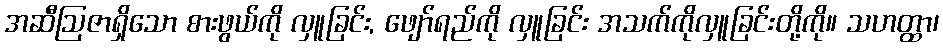
အဆီဩဇာရှိသော စားဖွယ်ကို လှူခြင်း, ဖျော်ရည်ကို လှူခြင်း အသက်ကိုလှူခြင်းတို့ကို။ သဟတ္ထာ၊